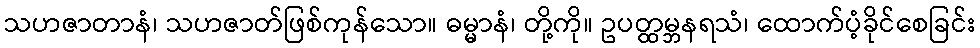
သဟဇာတာနံ၊ သဟဇာတ်ဖြစ်ကုန်သော။ ဓမ္မာနံ၊ တို့ကို။ ဥပတ္ထမ္ဘနရသံ၊ ထောက်ပံ့ခိုင်စေခြင်း